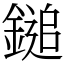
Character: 鎚